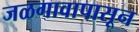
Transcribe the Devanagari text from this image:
जळगावापासून